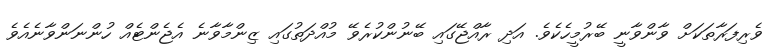
ވެރިފަރާތަކަށް ވާންވާނީ ބޭރުމީހެކެވެ. އަދި ރާއްޖޭގައި ބޭނުންކުރެވޭ މުއްދަތުގައި ޒިންމާވާނެ އެޖެންޓެއް ހުންނަންވާނެއެވެ